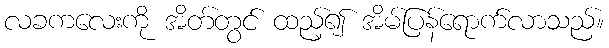
လခကလေးကို အိတ်တွင် ထည့်၍ အိမ်ပြန်ရောက်လာသည်။